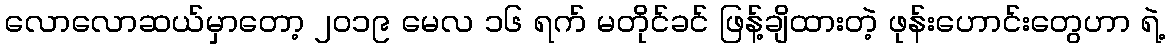
လောလောဆယ်မှာတော့ ၂၀၁၉ မေလ ၁၆ ရက် မတိုင်ခင် ဖြန့်ချိထားတဲ့ ဖုန်းဟောင်းတွေဟာ ရဲ့